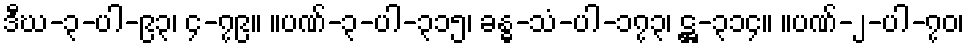
ဒီဃ-၃-ပါ-၉၃၊ ၄-၇၉။ ။ပဏ်-၃-ပါ-၃၁၅၊ ခန္ဓ-သံ-ပါ-၁၇၃၊ ဋ္ဌ-၃၁၄။ ။ပဏ်-၂-ပါ-၇၀၊